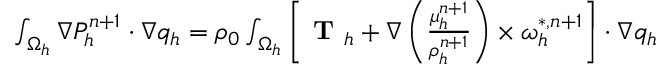
\begin{array} { r l } { \small } & { { } \int _ { \Omega _ { h } } \nabla P _ { h } ^ { n + 1 } \cdot \nabla q _ { h } = \rho _ { 0 } \int _ { \Omega _ { h } } \left[ \textbf { T } _ { h } + \nabla \left( \frac { \mu _ { h } ^ { n + 1 } } { \rho _ { h } ^ { n + 1 } } \right) \times \boldsymbol { \omega } _ { h } ^ { * , n + 1 } \right] \cdot \nabla q _ { h } } \end{array}